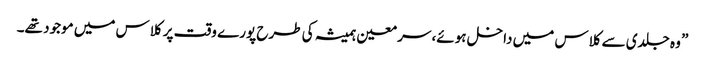
” وہ جلدی سے کلاس میں داخل ہوئے، سر معین ہمیشہ کی طرح پورے وقت پر کلاس میں موجود تھے۔